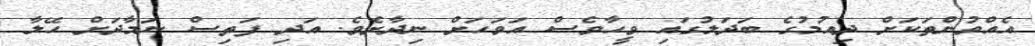
އެއްވުންތަކަށް ދިއުމުގެ ބަދަލުގައި ވީހާވެސް އަވަހަށް ނިދާށެވެ. އަދި ފަތިސް ނަމާދަށް ހޭލާ